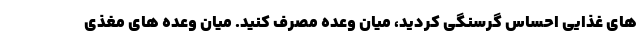
های غذایی احساس گرسنگی کردید، میان وعده مصرف کنید. میان وعده های مغذی